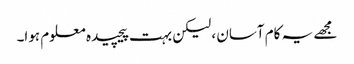
مجھے یہ کام آسان ، لیکن بہت پیچیدہ معلوم ہوا۔